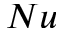
N u